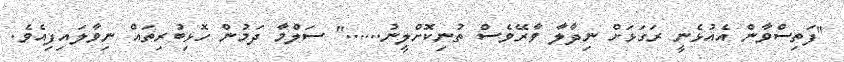
"ފަތިސްވާން އެއުޅެނީ ރަގަޅަށް ނިދާލާ ވާރޭވެސް ތުނިކޮށްލީނު......" ސަލްމާ ދަމުން ހޮޅިބުރިތައް ނިވާލައިފިއެވެ.